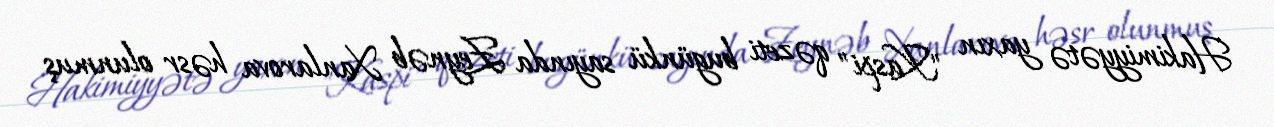
Hakimiyyətə yaxın "Kaspi" qəzeti bugünkü sayında Zeynəb Xanlarova həsr olunmuş